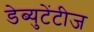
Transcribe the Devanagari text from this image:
डेब्युटेंटीज